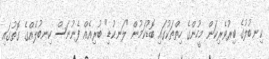
ކިނބުލުގެ ބިރުވެރިކަން މީހުންގެ ހިތްތަކުގައި ބޮޑުކަމުން "ލަނކުޑި" ބުރިއެއް ފެނުނަސް ކިނބުލެއްގެ ގޮތުގައި